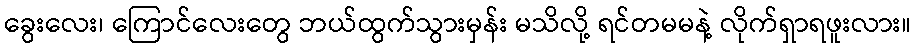
ခွေးလေး၊ ကြောင်လေးတွေ ဘယ်ထွက်သွားမှန်း မသိလို့ ရင်တမမနဲ့ လိုက်ရှာရဖူးလား။